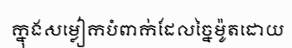
ក្នុងសម្លៀកបំពាក់ដែលច្នៃម៉ូតដោយ